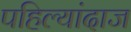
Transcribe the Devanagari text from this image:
पहिल्यांदाज